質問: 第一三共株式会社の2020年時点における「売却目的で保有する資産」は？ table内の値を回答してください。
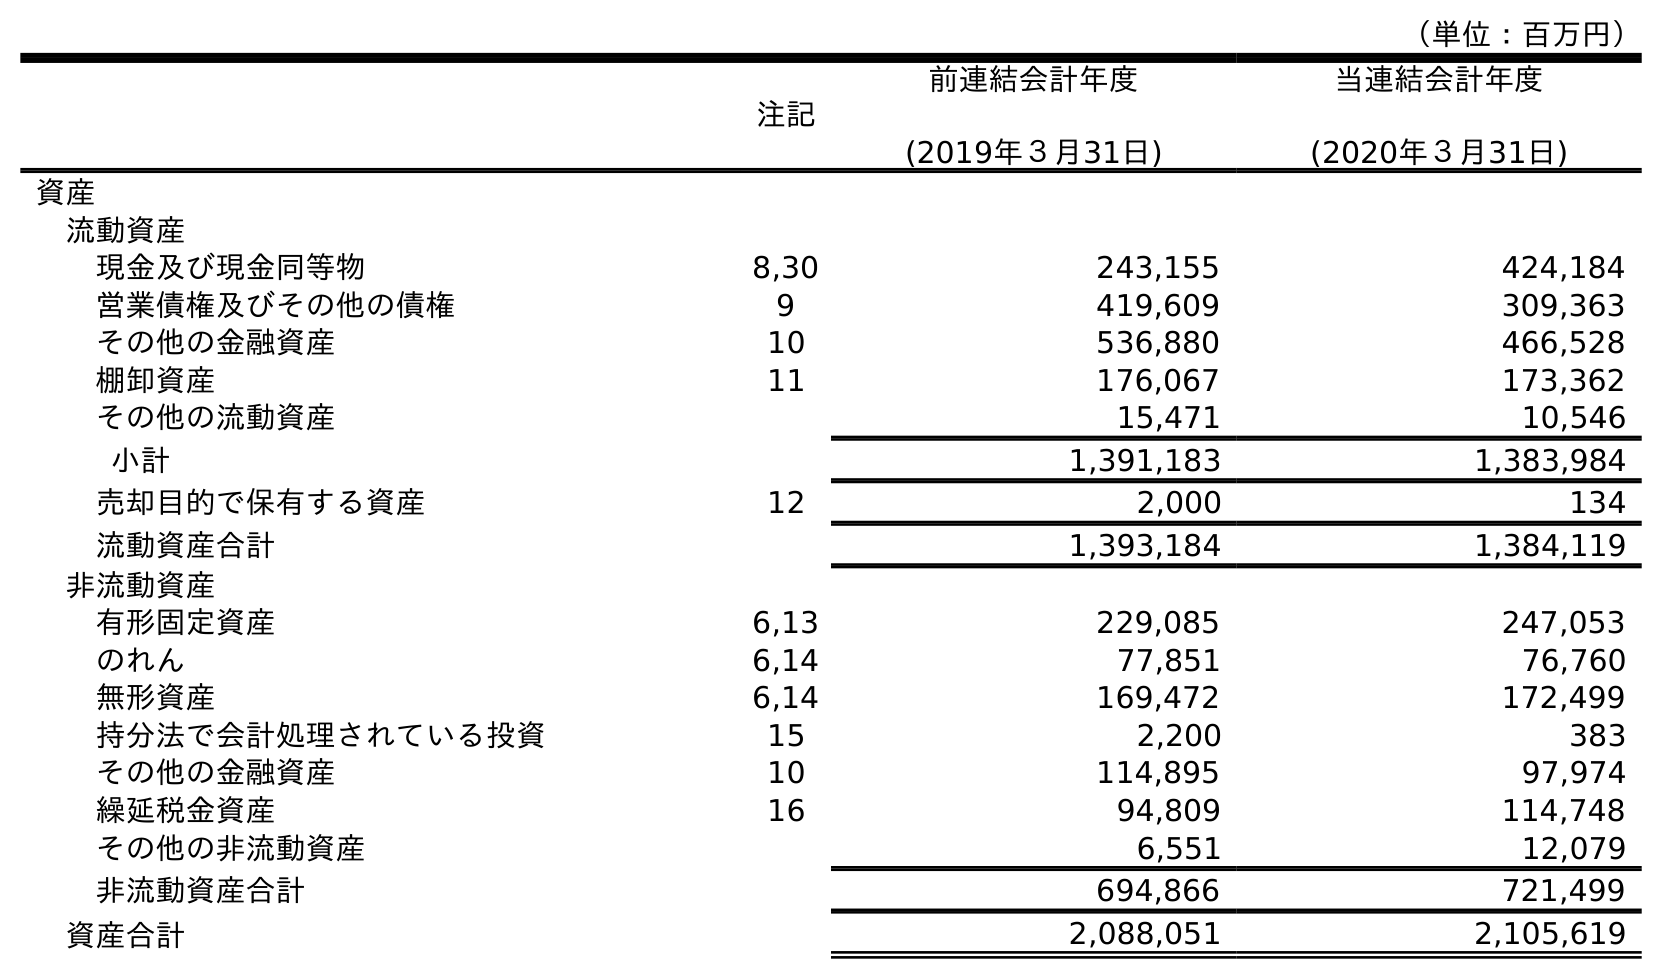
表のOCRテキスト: （単位：百万円） 注記 前連結会計年度 (2019年３月31日) 当連結会計年度 (2020年３月31日) 資産 流動資産 現金及び現金同等物 8,30 243,155 424,184 営業債権及びその他の債権 9 419,609 309,363 その他の金融資産 10 536,880 466,528 棚卸資産 11 176,067 173,362 その他の流動資産 15,471 10,546 小計 1,391,183 1,383,984 売却目的で保有する資産 12 2,000 134 流動資産合計 1,393,184 1,384,119 非流動資産 有形固定資産 6,13 229,085 247,053 のれん 6,14 77,851 76,760 無形資産 6,14 169,472 172,499 持分法で会計処理されている投資 15 2,200 383 その他の金融資産 10 114,895 97,974 繰延税金資産 16 94,809 114,748 その他の非流動資産 6,551 12,079 非流動資産合計 694,866 721,499 資産合計 2,088,051 2,105,619
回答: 134